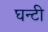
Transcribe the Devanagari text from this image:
घन्टी